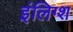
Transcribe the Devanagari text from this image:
इंलिग्श